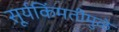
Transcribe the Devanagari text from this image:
सूर्यकिंमतीमुळे